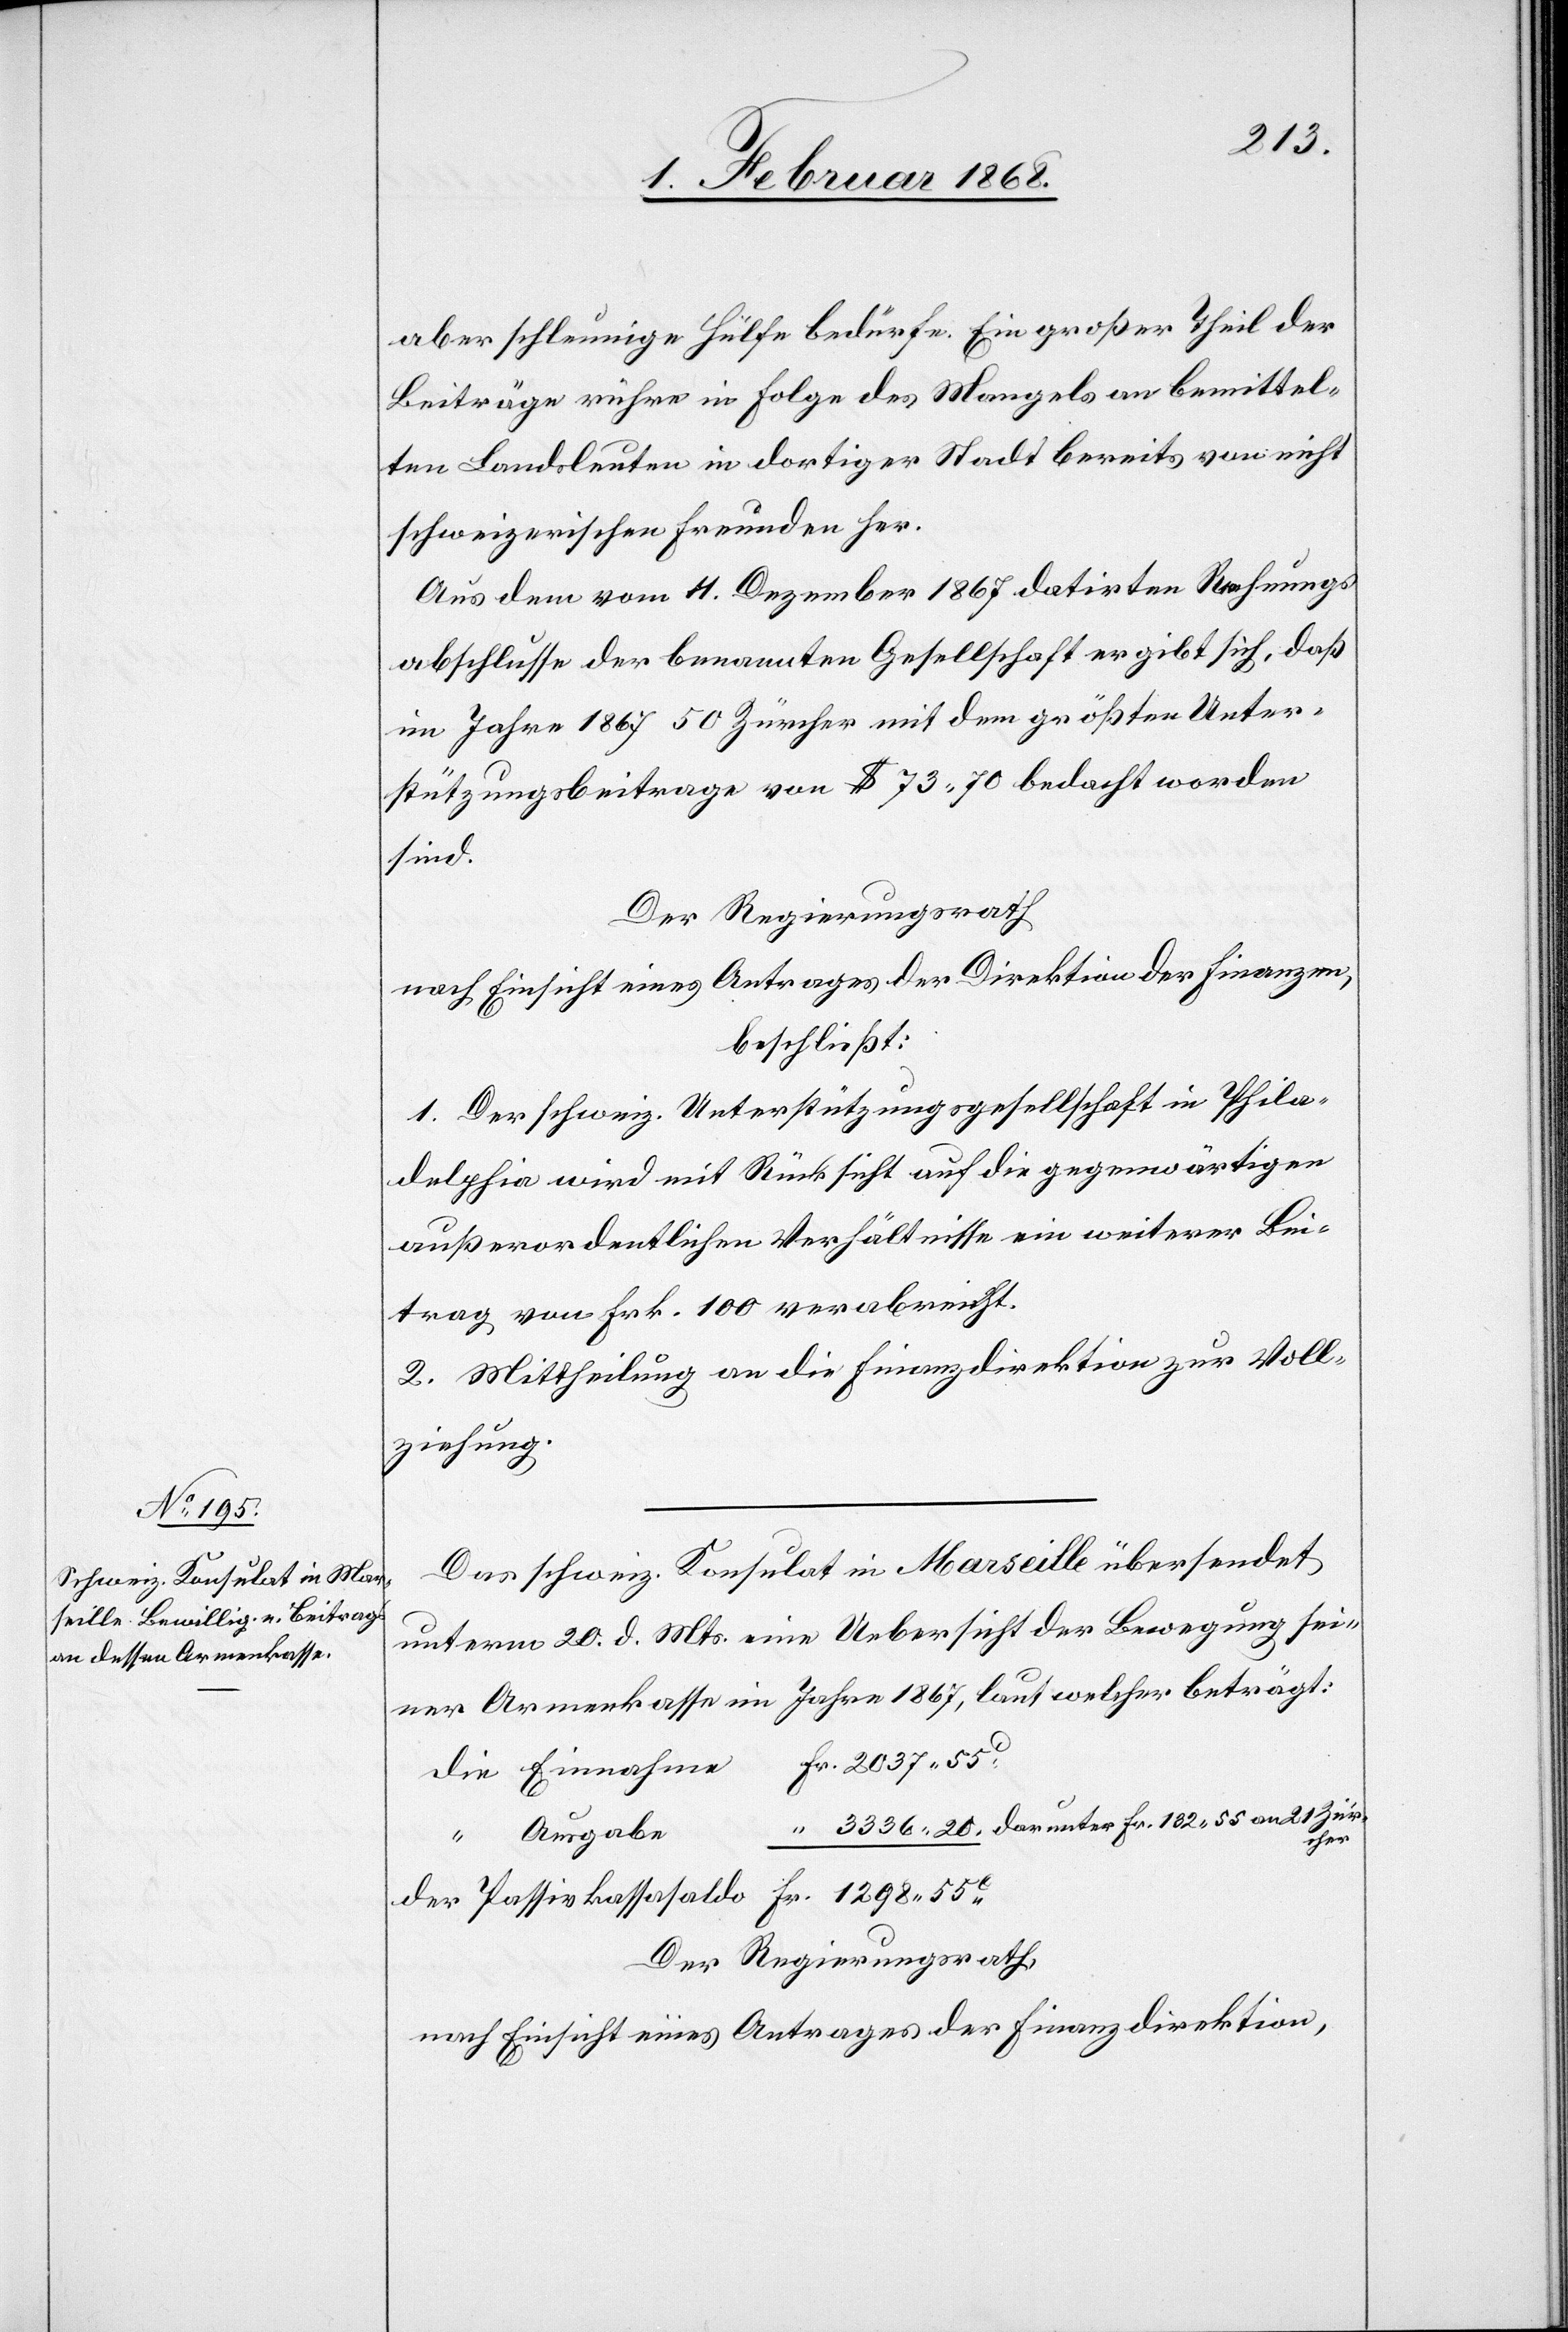
Fr. 1298.

3336.
aber schleunige Hülfe bedürfe. Ein großer Theil der
Beiträge rühre in Folge des Mangels an bemittel¬
ten Landsleuten in dortiger Stadt bereits von nicht
schweizerischen Freunden her.
Aus dem vom 11. Dezember 1867 datirten Rechnungs¬
abschlusse der benannten Gesellschaft ergibt sich, daß
im Jahre 1867 50 Zürcher mit dem größten Unter¬
stützungsbeitrage von $ 73. 70 bedacht worden
sind.
Der Regierungsrath
nach Einsicht eines Antrages der Direktion der Finanzen,
beschließt:
1. Der schweiz. Unterstützungsgesellschaft in Phila¬
delphia wird mit Rücksicht auf die gegenwärtigen
außerordentlichen Verhältnisse ein weiterer Bei¬
trag von Frk. 100 verabreicht.
2. Mittheilung an die Finanzdirektion zur Voll¬
ziehung.
Das schweiz. Konsulat in Marseille übersendet
unterm 20. d. Mts. eine Uebersicht der Bewegung sei¬
ner Armenkasse im Jahre 1867, laut welcher beträgt:
“ Ausgabe
der
Der Regierungsrath,
nach Einsicht eines Antrages der Finanzdirektion,